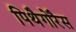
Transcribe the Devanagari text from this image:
पिथैगोरैस